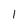
Character: I